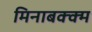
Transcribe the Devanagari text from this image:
मिनाबक्क्म